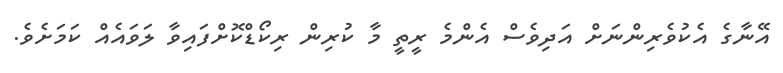
އޭނާގެ އެކުވެރިންނަށް އަދިވެސް އެންމެ ރީތީ މާ ކުރިން ރިކޯޑްކޮށްފައިވާ ލަވައެއް ކަމަށެވެ.